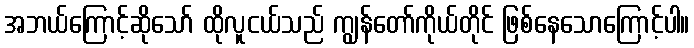
အဘယ်ကြောင့်ဆိုသော် ထိုလူငယ်သည် ကျွန်တော်ကိုယ်တိုင် ဖြစ်နေသောကြောင့်ပါ။